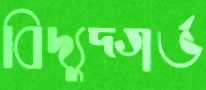
বিদ্যুদ্গর্ভ